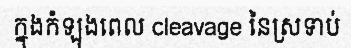
ក្នុងកំឡុងពេល cleavage នៃស្រទាប់